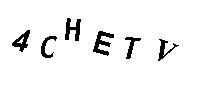
4CHETV